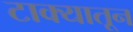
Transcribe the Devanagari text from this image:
टाक्यातून